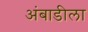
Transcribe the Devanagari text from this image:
अंबाडीला